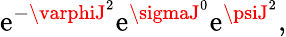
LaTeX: \mathrm{e}^{-\varphiJ^{2}}\mathrm{e}^{\sigmaJ^{0}}\mathrm{e}^{\psiJ^{2}},